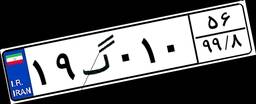
۱۹گ۰۱۰۵۶